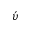
\acute { \upsilon }